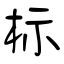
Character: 标